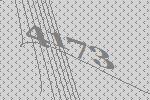
4173